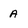
Character: A